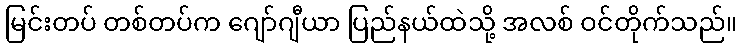
မြင်းတပ် တစ်တပ်က ဂျော်ဂျီယာ ပြည်နယ်ထဲသို့ အလစ် ဝင်တိုက်သည်။